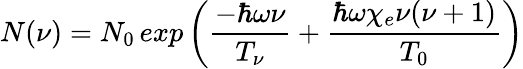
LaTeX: N(\nu)=N_{0}\, exp\left(\frac{-\hbar\omega\nu}{T_{\nu}}+\frac{\hbar\omega\chi_{e}\nu(\nu+1)}{T_{0}}\right)